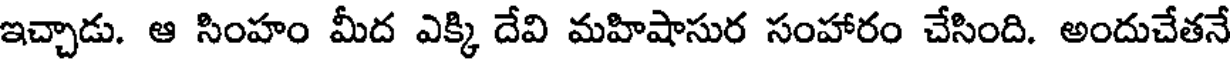
ఇచ్చాడు. ఆ సింహం మీద ఎక్కి దేవి మహిషాసుర సంహారం చేసింది. అందుచేతనే